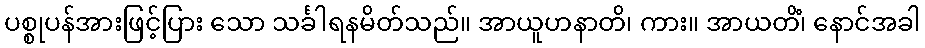
ပစ္စုပန်အားဖြင့်ပြား သော သင်္ခါရနမိတ်သည်။ အာယူဟနာတိ၊ ကား။ အာယတိံ၊ နောင်အခါ